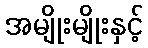
အမျိုးမျိုးနှင့်